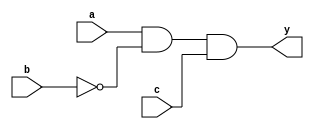
module clb_ei(
	input a,
	input b,
	input c,
	output y
);
	
	wire f;
	
	assign f = a & ~b & c;
	assign y = f;
	
endmodule